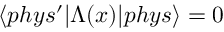
\langle p h y s ^ { \prime } | \Lambda ( x ) | p h y s \rangle = 0